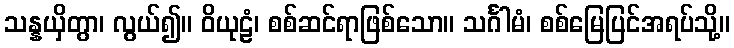
သန္နယှိတွာ၊ လွယ်၍။ ဝိယုဠံ၊ စစ်ဆင်ရာဖြစ်သော။ သင်္ဂါမံ၊ စစ်မြေပြင်အရပ်သို့။